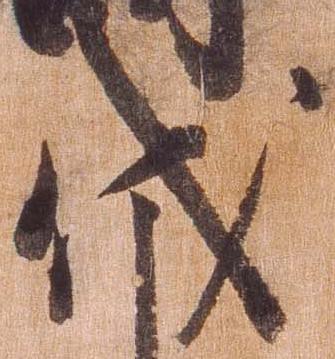
伐